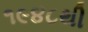
૧૯૪૮થી